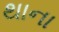
થાના